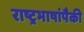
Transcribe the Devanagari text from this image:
राष्ट्रभाषांपैकी